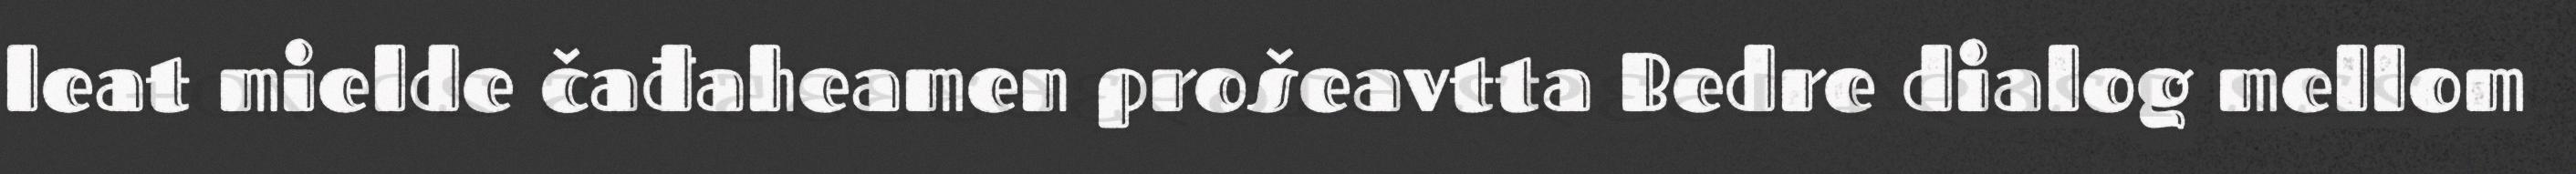
leat mielde čađaheamen prošeavtta Bedre dialog mellom